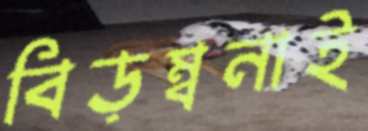
বিড়ম্বনাই